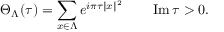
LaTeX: \Theta _ { \Lambda } ( \tau ) = \sum _ { x \in \Lambda } e ^ { i \pi \tau \| x \| ^ { 2 } } \qquad \operatorname { I m } \tau > 0 .